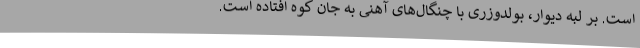
است. بر لبه دیوار، بولدوزری با چنگال‌های آهنی به جان کوه افتاده است.